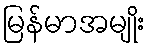
မြန်မာအမျိုး